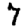
Digit: 7